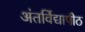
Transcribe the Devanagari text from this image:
अंतर्विद्यापीठ